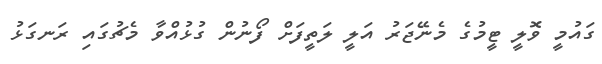
ގައުމީ ވޮލީ ޓީމުގެ މެނޭޖަރު އަލީ ލަތީފަށް ފޯނުން ގުޅުއްވާ މެޗުގައި ރަނގަޅު